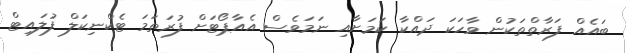
ބައެއް ފަރާތްތަކުން ވާހަކަ ދައްކާ ކަމަށާއި ނަމަވެސް އެއާޕޯޓަށް ފުރަތަމަ ޓެކްނިކަލް ފުލައިޓް